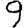
Digit: 9